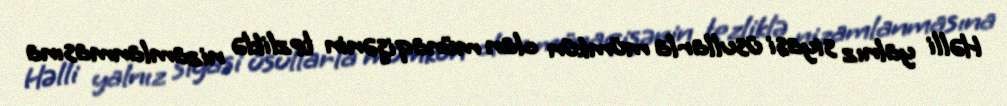
Həlli yalnız siyasi üsullarla mümkün olan münaqişənin tezliklə nizamlanmasına